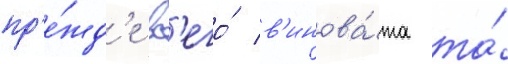
пр'е́жд'е вс'его́ в'инова́та та́